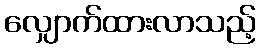
လျှောက်ထားလာသည့်